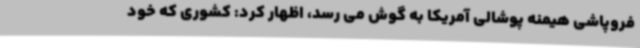
فروپاشی هیمنه پوشالی آمریکا به گوش می رسد، اظهار کرد: کشوری که خود